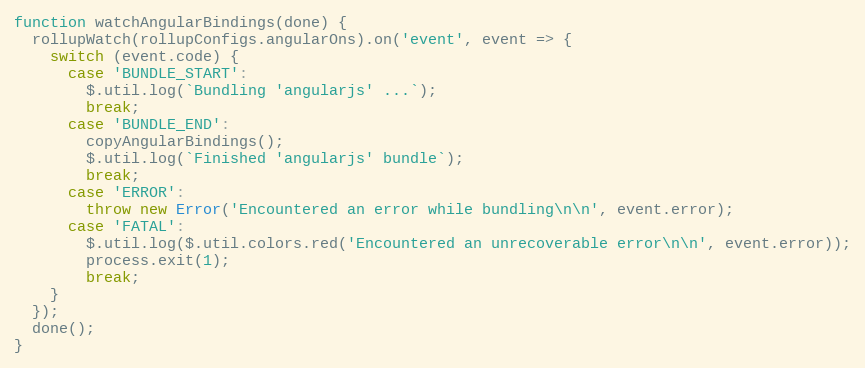
Language: JavaScript
function watchAngularBindings(done) {
  rollupWatch(rollupConfigs.angularOns).on('event', event => {
    switch (event.code) {
      case 'BUNDLE_START':
        $.util.log(`Bundling 'angularjs' ...`);
        break;
      case 'BUNDLE_END':
        copyAngularBindings();
        $.util.log(`Finished 'angularjs' bundle`);
        break;
      case 'ERROR':
        throw new Error('Encountered an error while bundling\n\n', event.error);
      case 'FATAL':
        $.util.log($.util.colors.red('Encountered an unrecoverable error\n\n', event.error));
        process.exit(1);
        break;
    }
  });
  done();
}